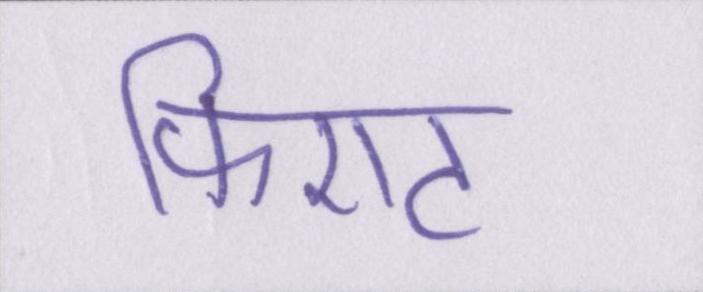
फिएट